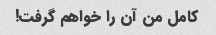
کامل من آن را خواهم گرفت!